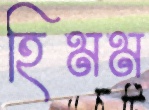
হিমম